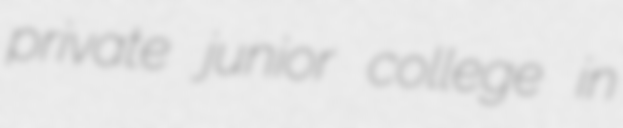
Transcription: private junior college in